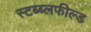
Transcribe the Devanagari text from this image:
स्टब्ब्लफील्ड